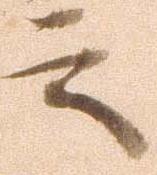
言